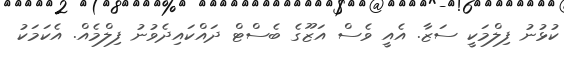
ކުޅުނު ފިލްމަކީ ސަޒާ. އެއީ ވެސް އަޒޫގެ ބެސްޓް ދައްކައިދެވުނު ފިލްމެއް. އެކަމަކު